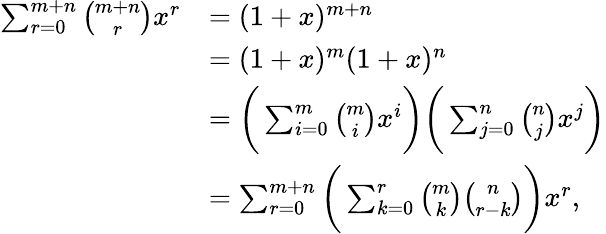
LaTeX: {\begin{array}{rl}{\sum_{r=0}^{m+n}{\binom{m+n}{r}}x^{r}}&{=(1+x)^{m+n}}\\ &{=(1+x)^{m}(1+x)^{n}}\\ &{={\biggl(}\sum_{i=0}^{m}{\binom{m}{i}}x^{i}{\biggr)}{\biggl(}\sum_{j=0}^{n}{\binom{n}{j}}x^{j}{\biggr)}}\\ &{=\sum_{r=0}^{m+n}{\biggl(}\sum_{k=0}^{r}{\binom{m}{k}}{\binom{n}{r-k}}{\biggr)}x^{r},}\end{array}}